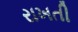
રાખતી